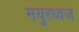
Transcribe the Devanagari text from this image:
मयुरध्वज